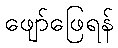
ဖျော်ဖြေရန်